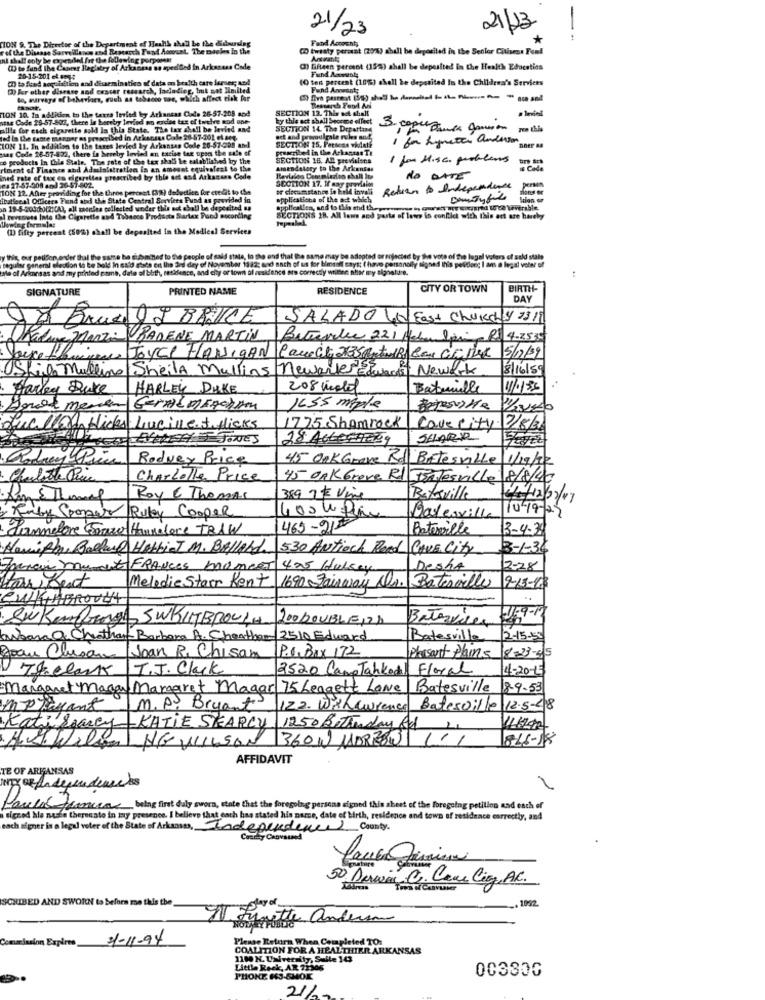
21/23
21/23
TON 9. The Directse of the Department of Health shall be the didnursing
Fand Accounts
*
rol the Disease Surveillance and Ramarch Fund Account. The misles In the
( twisty percent (20%) shall be deposited in the Senior Citizens Fond
nl that only be expended fit the following porpomes
(1) to fund the Cancer Registry of Arkacasa an aperibed in Arkaness Code
() fifteen percent (155) shall be deposited in the Health Education
Fund Accounts
(h) to fland acquisition and disseminatio af data on health care forser; and
20-15-201 et 3
10 ten percent (10%) shall be deposited In the Children's Services
3) for other disease and cancer research, lacladieg, but not limited
Fund Anwanty
to, marvays of behaviors, such as tobacco sos, which affect tisk far
TION 10. In addition to the texts levied by Arkansas Code 26-57-208 and
SECTION 12. This act shall
Tessarch Fand An
vese Code 25-57-802, there is hereby Invind un ordine tex of twithve mod one-
ky this act shall Seorme effect
allis for each cigarette sold In this State. The tax shall be levied and
SECTION 14. The Drpattaas
ted in the taste manger as prescribed in Arkansas Cole 26-57-201 et seq.
act and promulgale rules and
1 for hymeter anderson
ION 11, In addition to the tares levied by Arkansas Code 20-57-008 and
aas Code 26-57-832, there is hereby levied an excise tax upso the sale of
prescribed in the Arkansas Ti
SECTION 25. Fetseine violate
co products In Chle State. The rate of the tex shall Le calablished by the
SECTION 18. All previsions
1 for Hisc. problems
rtment of Finance and Administration is an amount equivalent to the
Amendstory to the Arkansas
ined rate of tax en cigarettes prescribed bry thie art and Arkansas Code
NO DATE
es 27-57-908 and 26-57-802.
1ON 12. After prinsding for the thros percent (%) deledtien for credit to the
SECTION 17. If may PAS
or circumstance in kold invali
Return to Independence
persin
dans er
ibatSecal Officers Fund and the State Central Services Fund as govvided in
applications of the act which
an 19-5-200(6)(21CA), all maenles collected under this no choll be deposited wa
applfcalles, and to this and the
revemuss Into the Cigarette and Tabacco Prodasta Sartax Pund mocording
SECTIONS 18. All laws and parts of laws in conflict with this act are hereby
(1) fifty percent (502) shall be deposited in the Medical Services
y this, our pellfon ender thal the same be submitted to the people of said stale, in the end that the same may be adopted or rojected by the vote of the legal voters of sold stale
Me ol Arimnsas and my printed name, date of birth, residence, and chy or town of eusidence ato correctly written shar my signature.
seguler general election to be held In said stars ert the and dey of November 1132; Bad sach of us for bimsaft says: ( have personally signed this peldlong I ans a legal voler of
SIGNATURE
PRINTED NAME
RESIDENCE
CITY OR TOWN
BIRTH-
DAY
LA Prue & BRUCE
SALADO UN Fast Churchy 2319
Raduna Manzi BADENE MARTIN
Betreville 221 Haber Spi R$ 4.2530
Joyce FLANIGAN
Canech 2735 Atu BA Con GaDek
5/12/09
Skie mulling Sheila Mullins newark Elment Newark
8/16/89
Harky Duke
HARLEY DUKE
208 Motel
Bataille
11/1135
Geralmenchen
1655 miple
quello Hicks Lucivet flicks
1725 Shamrock
Covecity 2/8/36
JONES
28 ActeCHERY
SHARK
Rodney Price
Rodney Price
45 Onk Grave
Rd'Batesville
11/19/22
Charlotte Price
45 OAK Greve Rl Batesville 8/8/40
Roy & Thomas
389 7 # Vine
Bataville
104-23
Ruby Spaper Ruky Cooper
400Weihe
Batesville
Channelone Graw Hannelore TRAW
469-212
Batesville
13-4-30
HamiAbre Ballard HottieT M. BALLArd
530 Antioch Read CAVE City
3-1-36
fancy muscute FRANCES Komeet 425 Hulsey
Desha
12-28
tav Best
Melodie Starr Rent
1690 Fairway Dr. Batesville
9-13-163
CWKABROUCH
· SuKanaal SWKIMBROUGH
200 DOUBLE12A
Batervier
barbara Q Cheatham Barbara A. Cheatham 2510 Edward
Batesville
12-15-55
P.O. Box 172
Joan Clusane
Joan R. Chisam
plaisant Plans
8-23-45
T.J. Clack
2520 CampTankedal
Floral
4-20-3
Thelark
margaret Mayan Margaret Magar 75 Leggett Lane
Batesville
89.53
mppayant
M.P. Bryant
12.2. Withcurense
Batesville 12.5-18
KatiSearcy
KATIE SEARCY 1250 Betterday Rd 2.
HG WILSON 360 W MARZOW 11/
816-18
AFFIDAVIT
TE OF ARIGANSAS
-
Paulo franceas being first duly sworn, state that the foregoing persona signed this sheet of the foregoing petition and each of
signed hle nasce theresato in iny presence. I believe that each has stated his name, date of birth, residence and town of residence correctly, and
each signer is a legal voter of the State of Arkansas,
Independence County.
Commay Convaused
Lauren Jemina
50 Dawir C. Cene Cig, A.C.
SCRIBED AND SWORN to befora me this the
, 1992
otte anderen
Commission Expires 31-11-94
Please Return When Completed TO:
COALITION FOR A HEALTHIER ARKANSAS
1100 K. University, Sulle 143
Little Rock, AR 72305
003300
PHONE 663-SMOE
21/